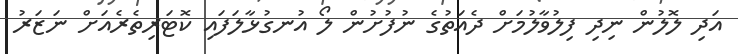
އަދި ލޮލުން ނިދި ފިލުވާލުމަށް ދެއަތުގެ ނުފުށުން ލޯ އުނގުޅާލަފައި ކޮޓަރިތެރެއަށް ނަޒަރު